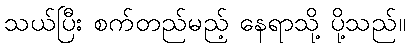
သယ်ပြီး စက်တည်မည့် နေရာသို့ ပို့သည်။